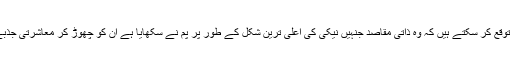
ہم ان سے یہ کیسے توقع کر سکتے ہیں کہ وہ ذاتی مقاصد جنہیں نیکی کی اعلٰی ترین شکل کے طور پر پم نے سکھایا ہے ان کو چھوڑ کر معاشرتی جذبے پر عمل پیرا ہوں؟